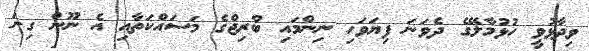
ވިދާޅުވީ ހުޅުމާލޭގެ ދެވަނަ ފިޔަވަހި ނިންމައި ބްރިޖްގެ މަސައްކަތާއި އެ ނޫން ގިނަ